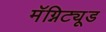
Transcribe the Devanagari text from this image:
मॅग्निट्यूड